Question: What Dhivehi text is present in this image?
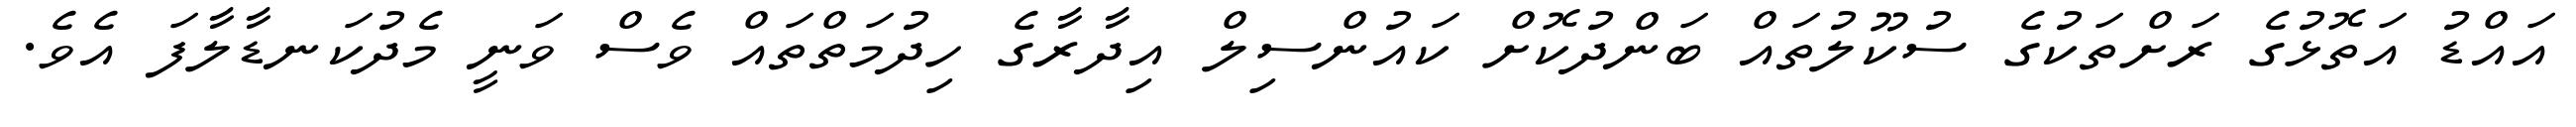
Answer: އައްޑު އަތޮޅުގެ ރަށްތަކުގެ ސުކޫލުތައް ބަންދުކޮށް ކައުންސިލް އިދާރާގެ ހިދުމަތްތައް ވެސް ވަނީ މެދުކަނޑާލާފަ އެވެ.